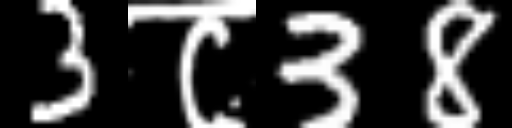
Text: 3८38